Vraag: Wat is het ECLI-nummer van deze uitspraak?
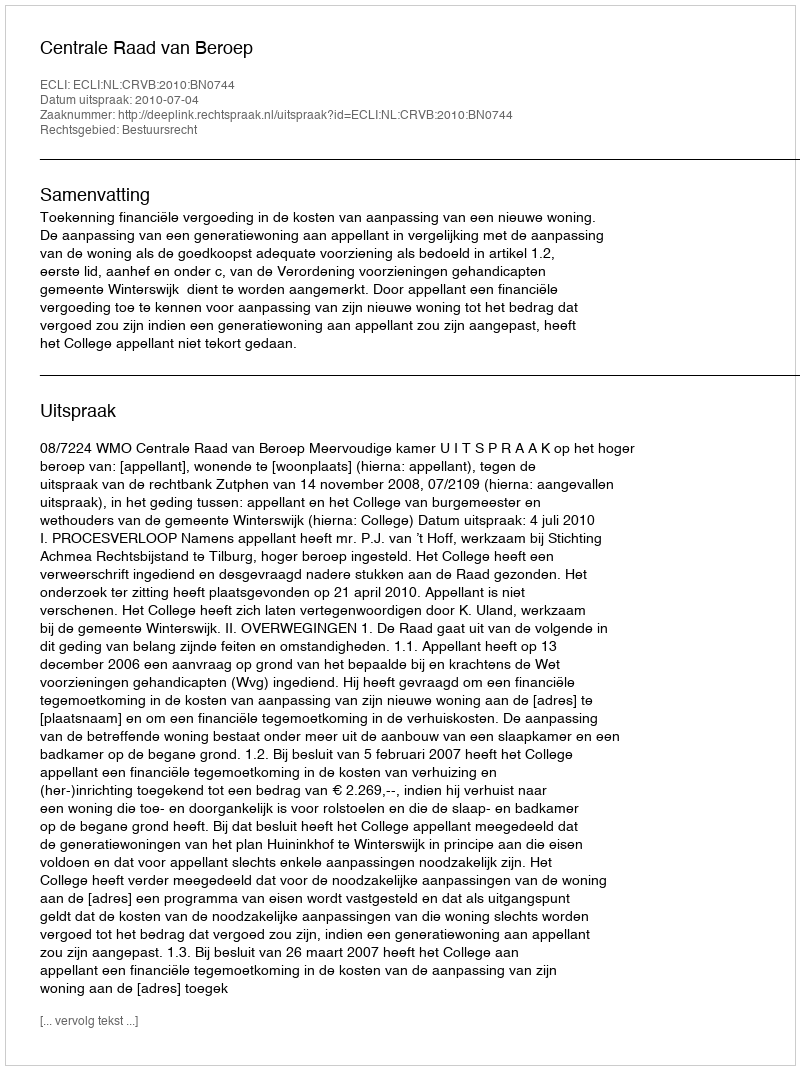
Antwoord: ECLI:NL:CRVB:2010:BN0744